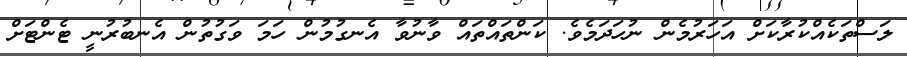
ލަސްތަކެއްކުރާކަށް އަހަރުމެން ނުހަދަމެވެ. ކަންތައްތައް ވާނުވާ އެނގުމުން ހަމަ ވަގުތުން އެނބުރުނީ ޓެންޓަށް